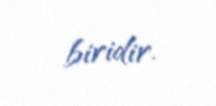
biridir.